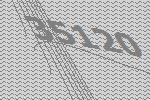
35120